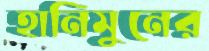
হানিমুনের